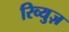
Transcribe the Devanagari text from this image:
रिव्युज़